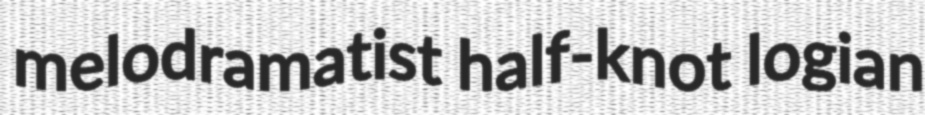
melodramatist half-knot logian